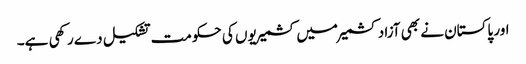
اور پاکستان نے بھی آزاد کشمیر میں کشمیریوں کی حکومت تشکیل دے رکھی ہے۔